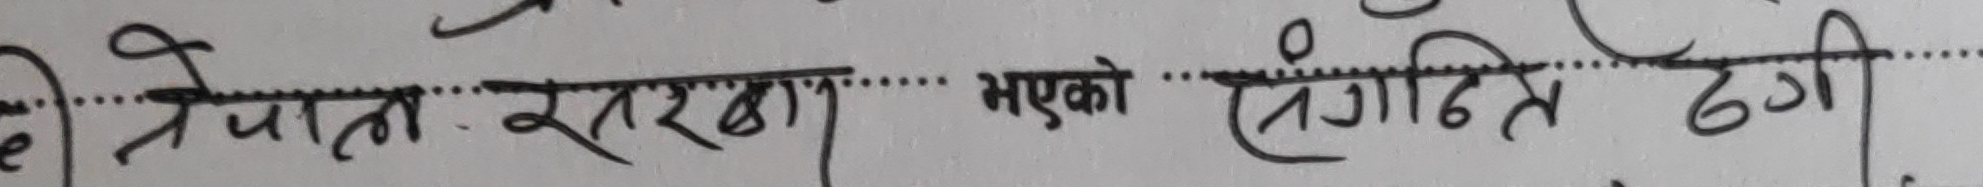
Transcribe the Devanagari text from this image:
नेपाली सरकार भएको संगठित ठगी